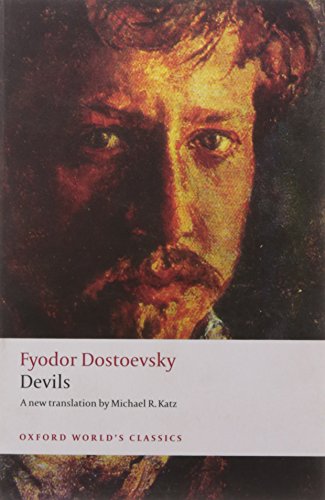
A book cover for Devils (Oxford World's Classics); Fyodor Dostoevsky; Literature & Fiction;